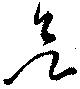
欲